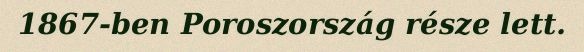
1867-ben Poroszország része lett.